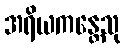
အရိယကန္တေသု